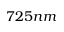
7 2 5 n m